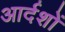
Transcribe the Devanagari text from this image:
आर्दशों